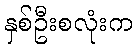
နှစ်ဦးစလုံးက